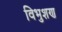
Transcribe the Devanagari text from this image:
विभुशण